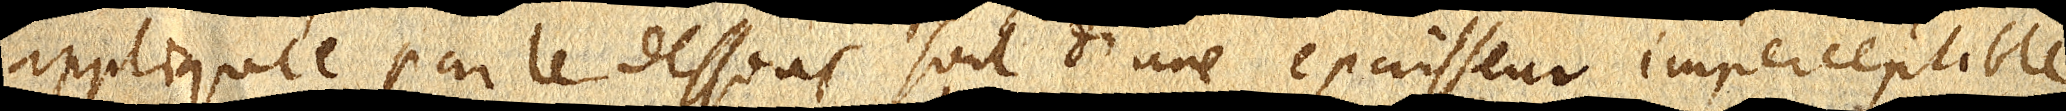
appliquée par le dessous soit d’une epaisseur imperceptible